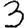
Digit: 3